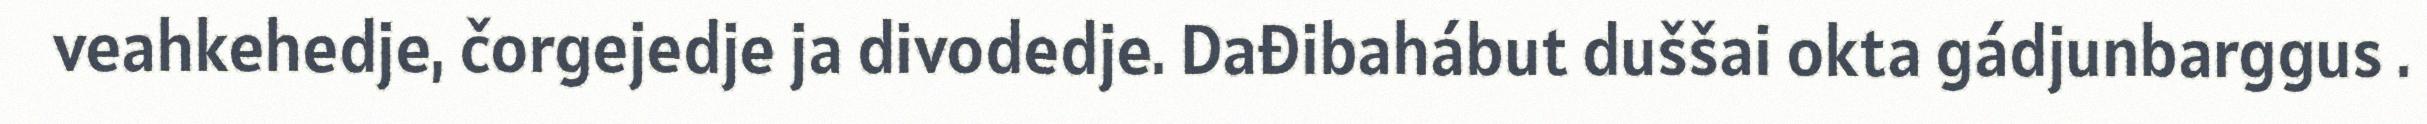
veahkehedje, čorgejedje ja divodedje. Dađibahábut duššai okta gádjunbarggus .